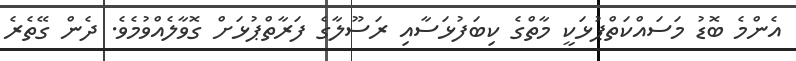
އެންމެ ބޮޑު މަސައްކަތްޕުޅަކީ މާތްގެ ކިބަފުޅަސާއި ރަސޫލާގެ ފަރާތްޕުޅަށް ގޮވާލެއްވުމެވެ. ދެން ގޭތެރެ